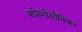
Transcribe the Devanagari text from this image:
कोस्मोसोनिका